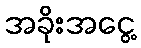
အခိုးအငွေ့